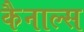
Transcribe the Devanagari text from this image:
कैनाल्स